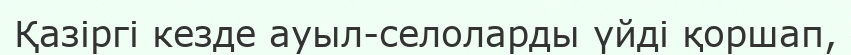
Қазіргі кезде ауыл-селоларды үйді қоршап,